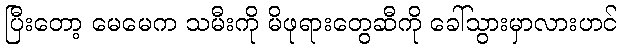
ပြီးတော့ မေမေက သမီးကို မိဖုရားတွေဆီကို ခေါ်သွားမှာလားဟင်